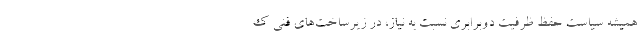
همیشه سیاست حفظ ظرفیت دوبرابری نسبت به نیاز، در زیرساخت‌های فنی ک